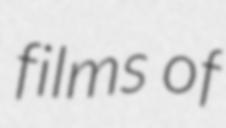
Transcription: films of